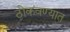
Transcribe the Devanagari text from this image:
ठोकवण्यात